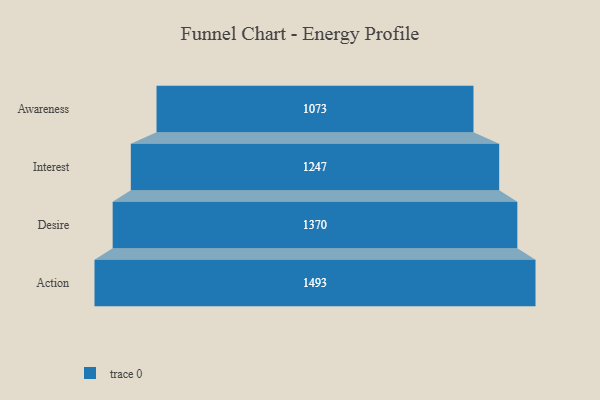
{"axis": {"x": "Stage", "y": "Value"}, "legend": [""], "data": [{"x": "Awareness", "y": 1073.0, "type": ""}, {"x": "Interest", "y": 1247.0, "type": ""}, {"x": "Desire", "y": 1370.0, "type": ""}, {"x": "Action", "y": 1493.0, "type": ""}]}